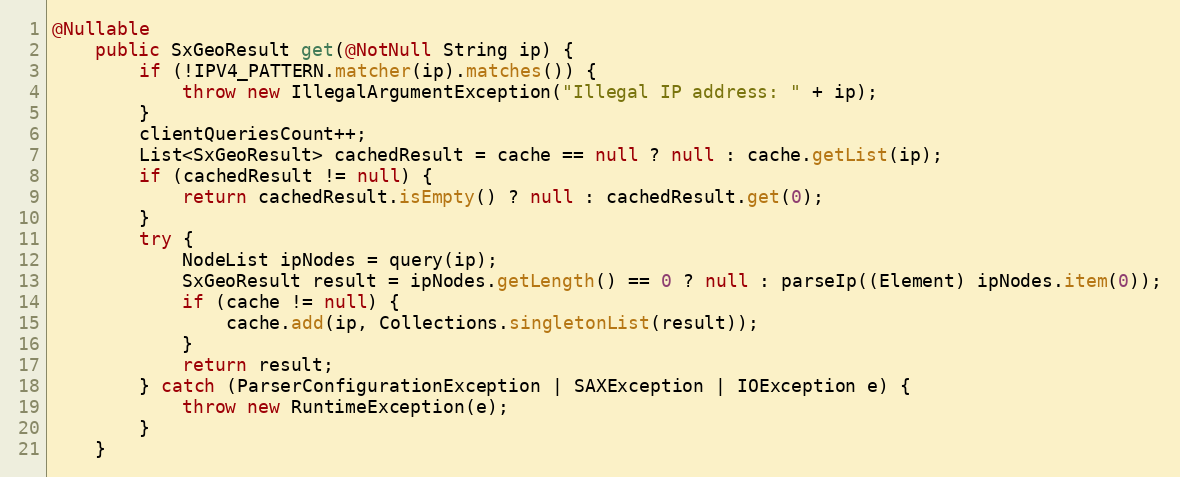
Language: Java
@Nullable
    public SxGeoResult get(@NotNull String ip) {
        if (!IPV4_PATTERN.matcher(ip).matches()) {
            throw new IllegalArgumentException("Illegal IP address: " + ip);
        }
        clientQueriesCount++;
        List<SxGeoResult> cachedResult = cache == null ? null : cache.getList(ip);
        if (cachedResult != null) {
            return cachedResult.isEmpty() ? null : cachedResult.get(0);
        }
        try {
            NodeList ipNodes = query(ip);
            SxGeoResult result = ipNodes.getLength() == 0 ? null : parseIp((Element) ipNodes.item(0));
            if (cache != null) {
                cache.add(ip, Collections.singletonList(result));
            }
            return result;
        } catch (ParserConfigurationException | SAXException | IOException e) {
            throw new RuntimeException(e);
        }
    }